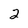
Character: 2